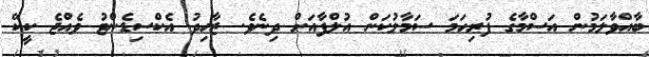
ބާއްވާލަމުން އަސްމާގެ ފުރިހަމަ ސަމާލުކަން އުލްފާއަށް ދިނެވެ. ޒާހިދު އެކްސިޑެންޓު ވެއްޖެ ކީކޭ